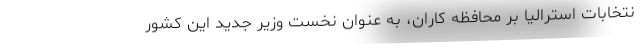
نتخابات استرالیا بر محافظه کاران، به عنوان نخست وزیر جدید این کشور